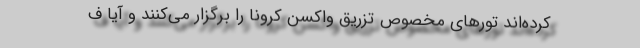
کرده‌اند تورهای مخصوص تزریق واکسن کرونا را برگزار می‌کنند و آیا ف